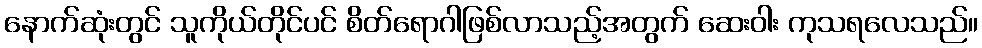
နောက်ဆုံးတွင် သူကိုယ်တိုင်ပင် စိတ်ရောဂါဖြစ်လာသည့်အတွက် ဆေးဝါး ကုသရလေသည်။